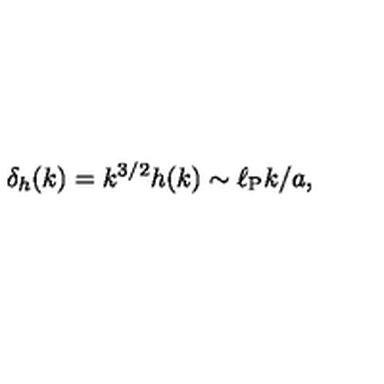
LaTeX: \delta _ { h } ( k ) = k ^ { 3 / 2 } h ( k ) \sim \ell _ { \mathrm { P } } k / a ,